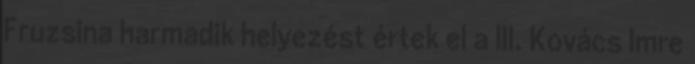
Fruzsina harmadik helyezést értek el a III. Kovács Imre